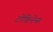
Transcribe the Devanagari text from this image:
टोकिनेन्स